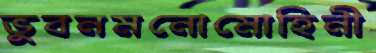
ভুবনমনোমোহিনী